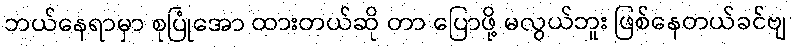
ဘယ်နေရာမှာ စုပြုံအော ထားတယ်ဆို တာ ပြောဖို့ မလွယ်ဘူး ဖြစ်နေတယ်ခင်ဗျ